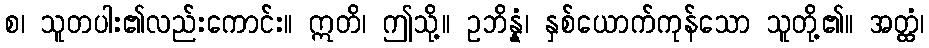
စ၊ သူတပါး၏လည်းကောင်း။ ဣတိ၊ ဤသို့။ ဥဘိန္နံ၊ နှစ်ယောက်ကုန်သော သူတို့၏။ အတ္ထံ၊